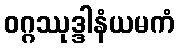
ဝဂ္ဂဿုဒ္ဒါနံယမကံ